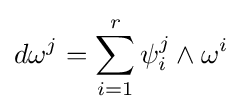
d\omega ^{j}=\sum _{i=1}^{r}\psi _{i}^{j}\wedge \omega ^{i}